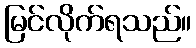
မြင်လိုက်ရသည်။